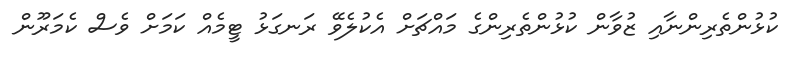
ކުޅުންތެރިންނާއި ޒުވާން ކުޅުންތެރިންގެ މައްޗަށް އެކުލެވޭ ރަނގަޅު ޓީމެއް ކަމަށް ވެސް ކެމަރޫން